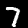
Label: 7